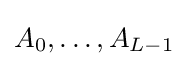
A_{0},\ldots ,A_{L-1}